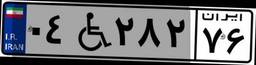
۰۴W۲۸۲۷۶